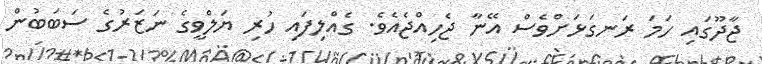
ޖާދޫގައި ހަމަ ރަނގަޅަށްވެސް އޭނާ ޖެހިއްޖެއެވެ. ގެއްލިފައި ހުރި ޔަލްވީގެ ނަޒަރުގެ ސަބަބުން